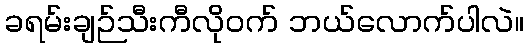
ခရမ်းချဉ်သီးကီလိုဝက် ဘယ်လောက်ပါလဲ။